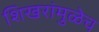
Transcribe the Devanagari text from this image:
शिखरांमुळेच